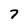
Character: 7